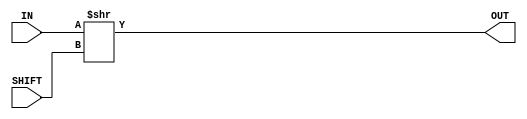
module f6_test_4(input [15:0] IN, input [4:0] SHIFT, output [15:0] OUT);
assign OUT = IN >> SHIFT;
endmodule